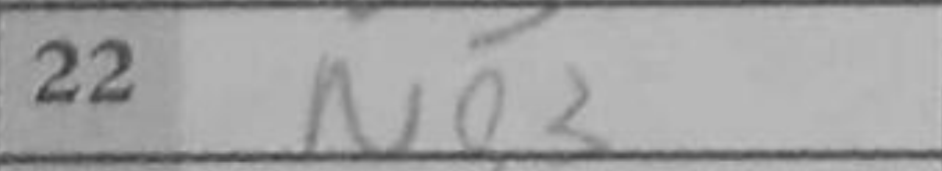
Transcription: Ng3